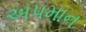
અપમાન